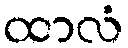
ထာလံ